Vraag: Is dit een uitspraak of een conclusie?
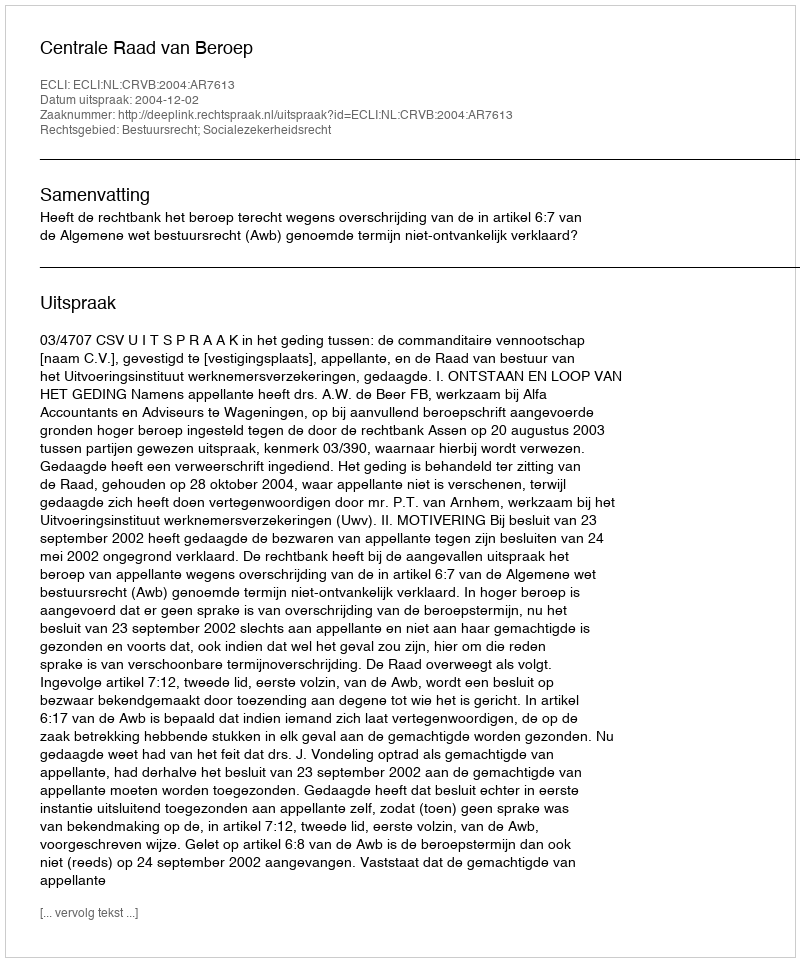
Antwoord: Uitspraak